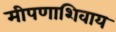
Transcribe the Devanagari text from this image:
मीपणाशिवाय